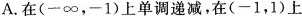
A.在(一∞，-1)上单调递减，在(-1，1)上